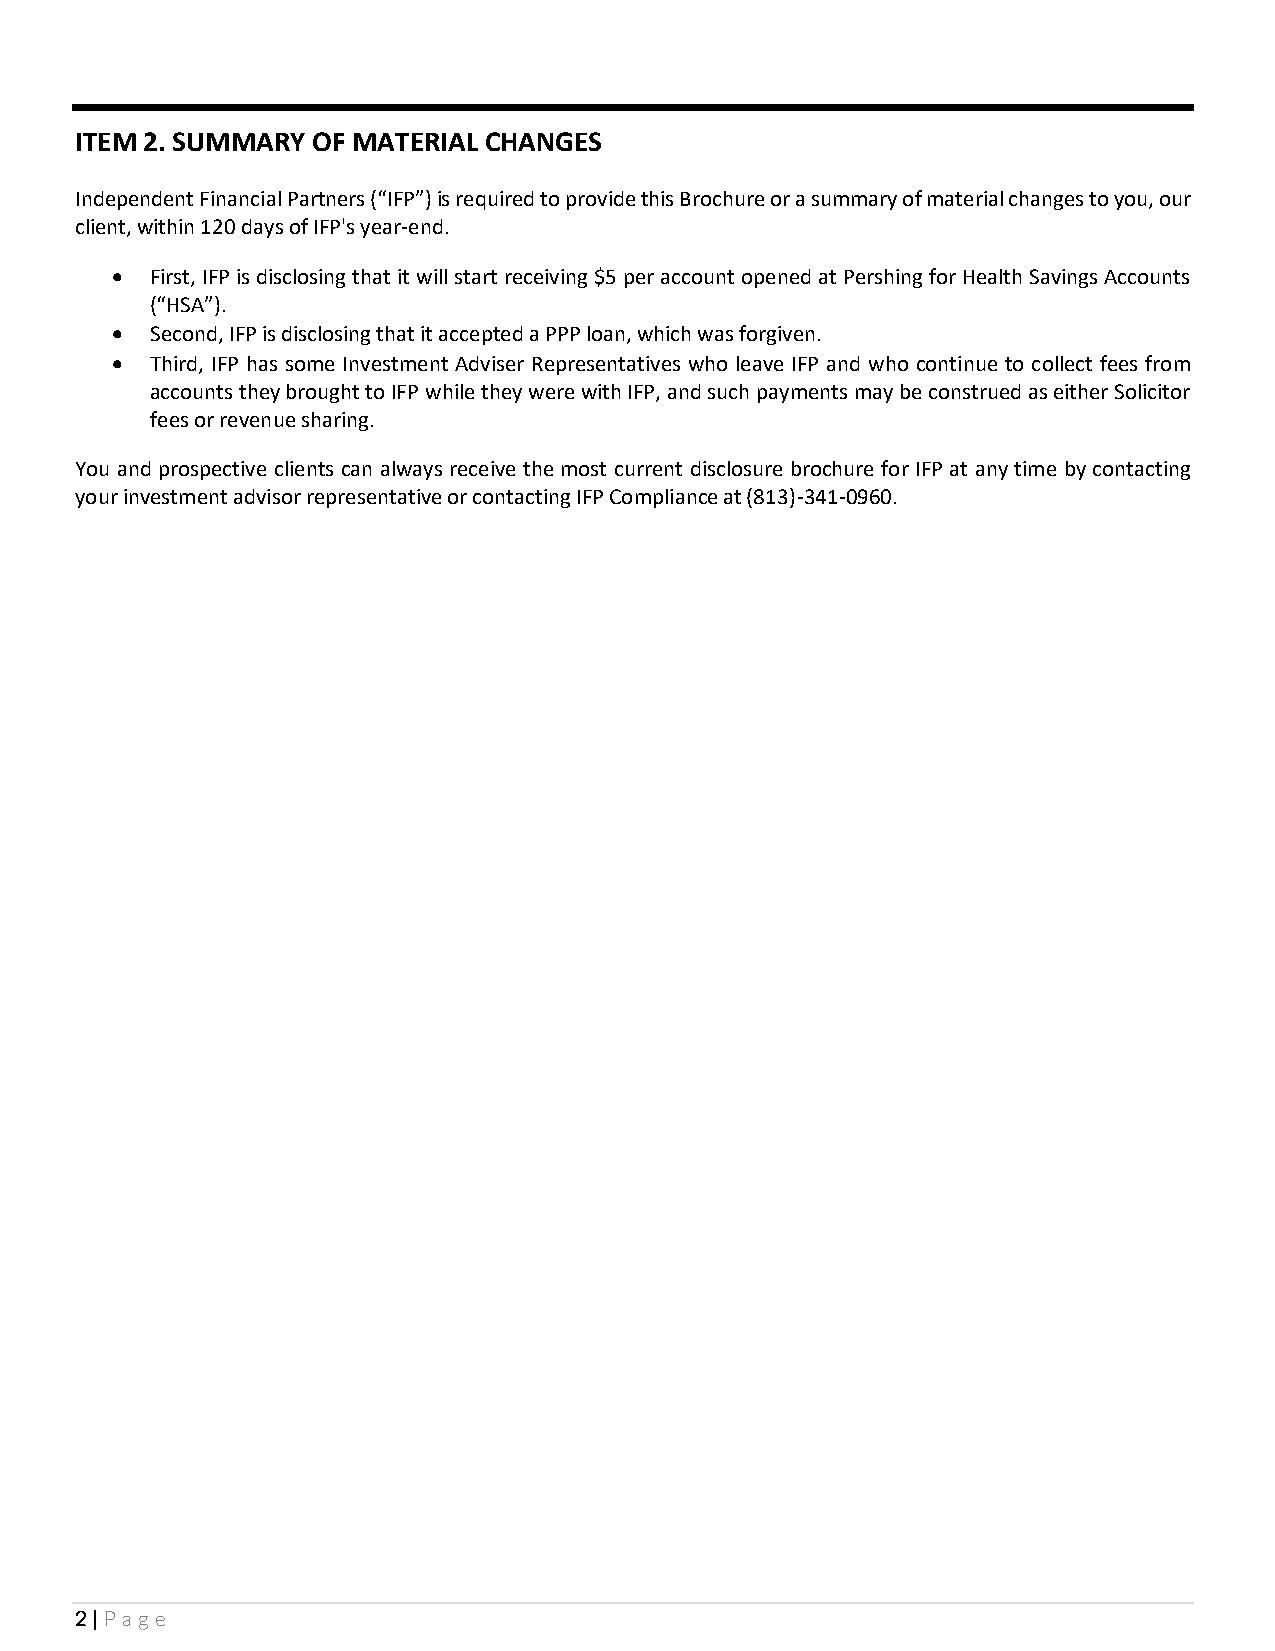
ITEM 2. SUMMARY OF MATERIAL CHANGES
 Independent Financial Partners (“IFP”) is required to provide this Brochure or a summary of material changes to you, our
 client, within 120 days of IFP's year-end.
 •  First, IFP is disclosing that it will start receiving $5 per account opened at Pershing for Health Savings Accounts
 (“HSA”).
 •  Second, IFP is disclosing that it accepted a PPP loan, which was forgiven.
 •  Third, IFP has some Investment Adviser Representatives who leave IFP and who continue to collect fees from
 accounts they brought to IFP while they were with IFP, and such payments may be construed as either Solicitor
 fees or revenue sharing.
 You and prospective clients can always receive the most current disclosure brochure for IFP at any time by contacting
 your investment advisor representative or contacting IFP Compliance at (813)-341-0960.
 2 | Page